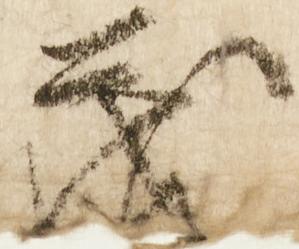
茂